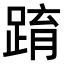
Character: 𨂔